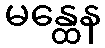
မန္ထေန